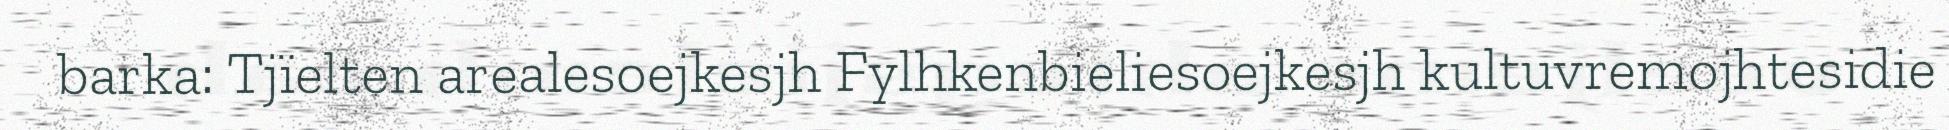
barka: Tjïelten arealesoejkesjh Fylhkenbieliesoejkesjh kultuvremojhtesidie